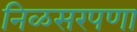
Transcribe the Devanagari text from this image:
निळसरपणा